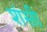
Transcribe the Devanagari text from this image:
शंसी